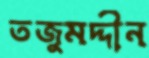
তজুমদ্দীন